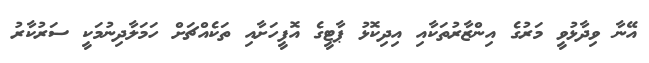
އޭނާ ވިދާޅުވީ މަރުގެ އިންޒާރުތަކާއި އިދިކޮޅު ޕާޓީގެ އޮފީހަށާއި ތަކެއްޗަށް ހަމަލާދިނުމަކީ ސަރުކާރު